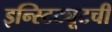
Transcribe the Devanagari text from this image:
इन्स्टिट्यूटची